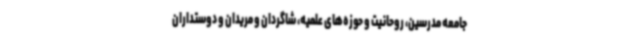
جامعه مدرسین، روحانیت و حوزه‌های علمیه، شاگردان و مریدان و دوستداران